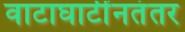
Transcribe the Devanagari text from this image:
वाटाघाटींनतंतर